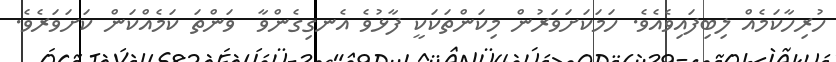
ހުރިހާކަމެއް ލިބިފައިވެއެވެ. ހަމަކަށަވަރުން މިކަންތަކަކީ ފާޅުވެ އެނގިގެންވާ  ވަންތަ ކަމެއްކަން ކަށަވަރެވެ.